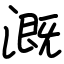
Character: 溉